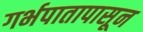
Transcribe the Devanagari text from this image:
गर्भपातापासून